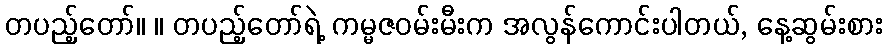
တပည့်တော်။ ။ တပည့်တော်ရဲ့ ကမ္မဇဝမ်းမီးက အလွန်ကောင်းပါတယ်, နေ့ဆွမ်းစား